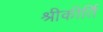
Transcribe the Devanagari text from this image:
श्रीकीर्ति